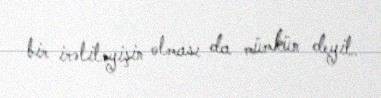
bir irəliləyişin olması da mümkün deyil.